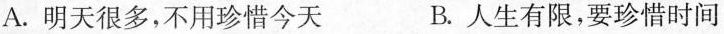
A.明天很多，不用珍惜今天 B.人生有限，要珍惜时间